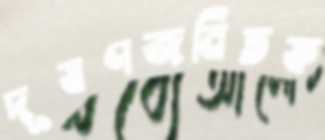
দূষণজনিতফ